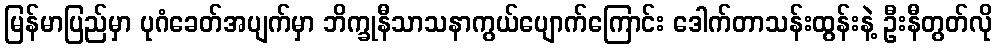
မြန်မာပြည်မှာ ပုဂံခေတ်အပျက်မှာ ဘိက္ခုနီသာသနာကွယ်ပျောက်ကြောင်း ဒေါက်တာသန်းထွန်းနဲ့ ဦးနီတွတ်လို